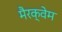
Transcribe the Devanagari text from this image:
मैरक्वेम